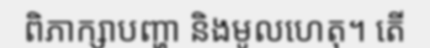
ពិភាក្សាបញ្ហា និងមូលហេតុ។ តើ